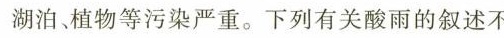
湖泊植物等污染严重。下列有关酸雨的叙述不